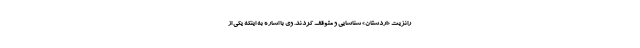
رانزیت «اردستان» شناسایی و متوقف کردند. وی با اشاره به اینکه یکی از